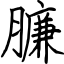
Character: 臁